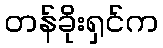
တန်ခိုးရှင်က